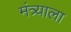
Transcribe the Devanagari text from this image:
मंत्र्याला